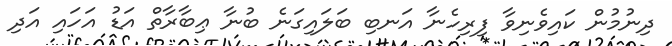
ދިނުމުން ކައިވެނިވާ ފިރިހެނާ އަނބި ބަލައިގަނެ ބުނާ ޢިބާރާތް އަޑު އަހައި އަދި